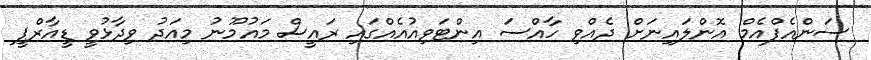
ސަންއެފްއެމް އޮންލައިނަށް ދެއްވި ހާއްސަ އިންޓަވިއުއެއްގައި ރައީސް މައުމޫނު މިއަދު ވިދާޅުވީ ޑީއާރްޕީ